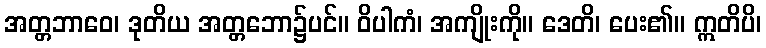
အတ္တဘာဝေ၊ ဒုတိယ အတ္တဘော၌ပင်။ ဝိပါကံ၊ အကျိုးကို။ ဒေတိ၊ ပေး၏။ ဣတိပိ၊